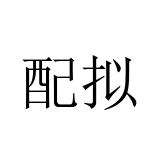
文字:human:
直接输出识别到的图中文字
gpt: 配拟